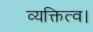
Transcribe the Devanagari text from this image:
व्यक्तित्व।